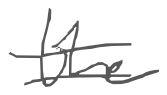
Text: the
Cross-out: mix
Writing tool: digital_gray